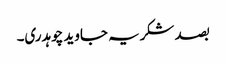
بصد شکریہ جاوید چوہدری۔